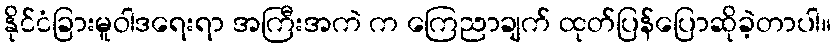
နိုင်ငံခြားမူဝါဒရေးရာ အကြီးအကဲ က ကြေညာချက် ထုတ်ပြန်ပြောဆိုခဲ့တာပါ။